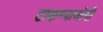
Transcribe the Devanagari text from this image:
टाकण्याजोगी